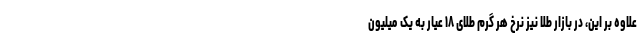
علاوه بر این، در بازار طلا نیز نرخ هر گرم طلای ۱۸ عیار به یک میلیون